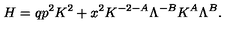
H = q p ^ { 2 } K ^ { 2 } + x ^ { 2 } K ^ { - 2 - A } \Lambda ^ { - B } K ^ { A } \Lambda ^ { B } .